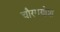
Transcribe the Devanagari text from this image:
चौरगणेश